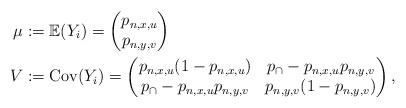
LaTeX: \begin{align*}\mu &:= \mathbb{E}(Y_i) = \begin{pmatrix} p_{n,x,u} \\ p_{n,y,v} \end{pmatrix} \\V &:= \mathrm{Cov}(Y_i) = \begin{pmatrix} p_{n,x,u}(1-p_{n,x,u}) & p_\cap-p_{n,x,u}p_{n,y,v} \\ p_\cap-p_{n,x,u}p_{n,y,v} & p_{n,y,v}(1-p_{n,y,v}) \end{pmatrix},\end{align*}